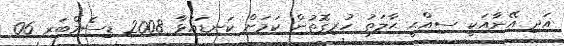
އަދި އޭނާއަކީ ސިއްޙީ ޙާލަތު ހުރިގޮތުން ކަމަށް ކަނޑައަޅާ 2008 ޑިސެމްބަރ 06